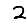
Digit: 2